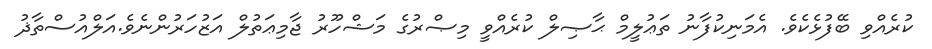
ކުރެއްވި ބޭފުޅެކެވެ. އެމަނިކުފާނު ތަޢުލީމް ޙާޞިލް ކުރެއްވީ މިޞްރުގެ މަޝްހޫރު ޖާމިޢަތުލް އަޒުހަރުންނެވެ.އަލްއުސްތާޛު